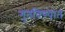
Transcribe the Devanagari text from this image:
गुंतविण्यात